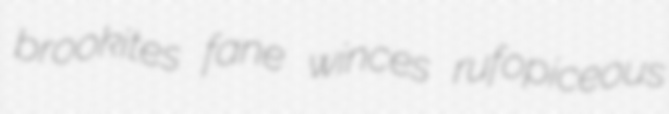
brookites fane winces rufopiceous